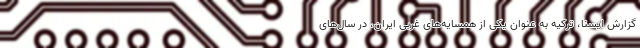
گزارش ایسنا، ترکیه به عنوان یکی از همسایه‌های غربی ایران، در سال‌های